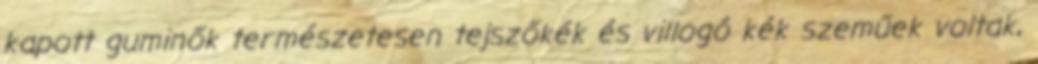
kapott guminők természetesen tejszőkék és villogó kék szeműek voltak,